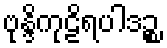
ဗုန္ဒိကုဠိရပါဒဉ္စ